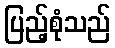
ပြည့်စုံသည်